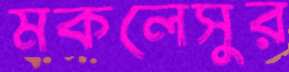
মকলেসুর